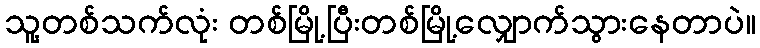
သူ့တစ်သက်လုံး တစ်မြို့ပြီးတစ်မြို့လျှောက်သွားနေတာပဲ။